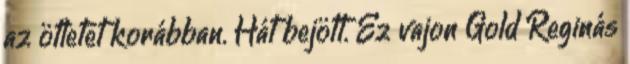
az ötletet korábban. Hát bejött. Ez vajon Gold Reginás